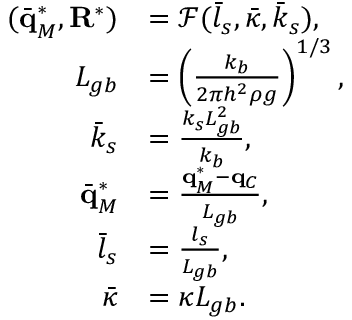
\begin{array} { r l } { ( \bar { \mathbf q } _ { M } ^ { * } , \mathbf R ^ { * } ) } & { = \mathcal { F } ( \bar { l } _ { s } , \bar { \kappa } , \bar { k } _ { s } ) , } \\ { L _ { g b } } & { = \left( \frac { k _ { b } } { 2 \pi h ^ { 2 } \rho g } \right) ^ { 1 / 3 } , } \\ { \bar { k } _ { s } } & { = \frac { k _ { s } L _ { g b } ^ { 2 } } { k _ { b } } , } \\ { \bar { \mathbf q } _ { M } ^ { * } } & { = \frac { \mathbf q _ { M } ^ { * } - \mathbf q _ { C } } { L _ { g b } } , } \\ { \bar { l } _ { s } } & { = \frac { l _ { s } } { L _ { g b } } , } \\ { \bar { \kappa } } & { = \kappa L _ { g b } . } \end{array}